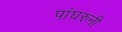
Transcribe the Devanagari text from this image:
पांघरुनी